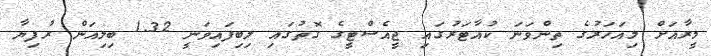
މީރާއަށް މިއަހަރުގެ ތިންވަަނަ ކުއާޓަރުގައި ޖީއެސްޓީގެ ގޮތުގައި ލިބިފައިވަނީ 1.32 ބިލިއަން ރުފިޔާ